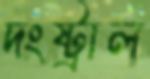
দংষ্ট্রাল